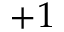
+ 1